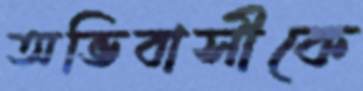
অভিবাসীকে